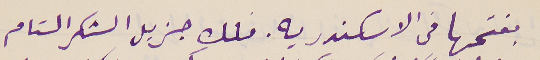
بفتحها فى الاسكندريه. فلك جزيل الشكر التام